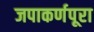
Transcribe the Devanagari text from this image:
जपाकर्णपूरा